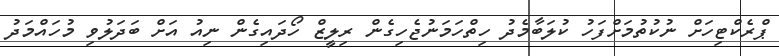
ޕްރެކްޓިހަށް ނުކުތުމަށްފަހު ކުލަބާމެދު ހިތްހަމަނުޖެހިގެން ރިލީޒް ހޯދައިގެން ނިއު އަށް ބަދަލުވި މުހައްމަދު